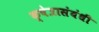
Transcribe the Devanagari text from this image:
क्षेत्रासंबंधी